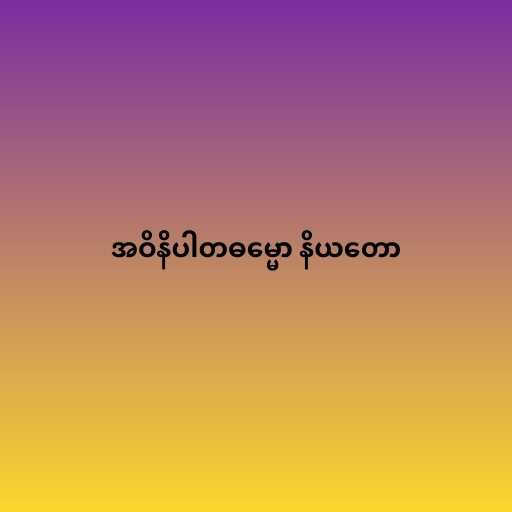
အဝိနိပါတဓမ္မော နိယတော